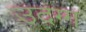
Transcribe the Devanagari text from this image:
उदग्ग